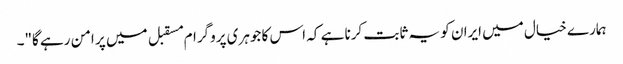
ہمارے خیال میں ایران کو یہ ثابت کرنا ہے کہ اس کا جوہری پروگرام مسقبل میں پر امن رہے گا"۔